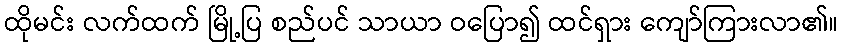
ထိုမင်း လက်ထက် မြို့ပြ စည်ပင် သာယာ ဝပြော၍ ထင်ရှား ကျော်ကြားလာ၏။